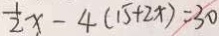
\frac { 1 } { 2 } x - 4 ( 1 5 + 2 \times ) = 3 0